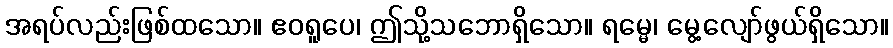
အရပ်လည်းဖြစ်ထသော။ ဧဝရူပေ၊ ဤသို့သဘောရှိသော။ ရမ္မေ၊ မွေ့လျော်ဖွယ်ရှိသော။